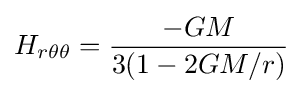
H_{r\theta \theta }={\frac {-GM}{3(1-2GM/r)}}